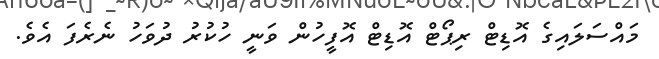
މައްސަލައިގެ އޮޑިޓް ރިޕޯޓް އޮޑިޓް އޮފީހުން ވަނީ ހުކުރު ދުވަހު ނެރެފަ އެވެ.